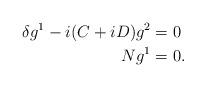
LaTeX: \begin{align*}\delta g^1 -i(C+iD)g^2&=0\\N g^1&=0.\end{align*}